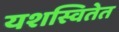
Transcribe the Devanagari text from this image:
यशस्वितेत